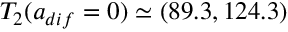
T _ { 2 } ( a _ { d i f } = 0 ) \simeq ( 8 9 . 3 , 1 2 4 . 3 )